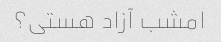
امشب آزاد هستی؟